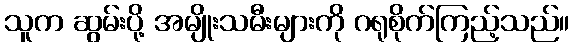
သူက ဆွမ်းပို့ အမျိုးသမီးများကို ဂရုစိုက်ကြည့်သည်။